Vital statistics of India. Vol. VI, European troops 1870-79
Year: 1870
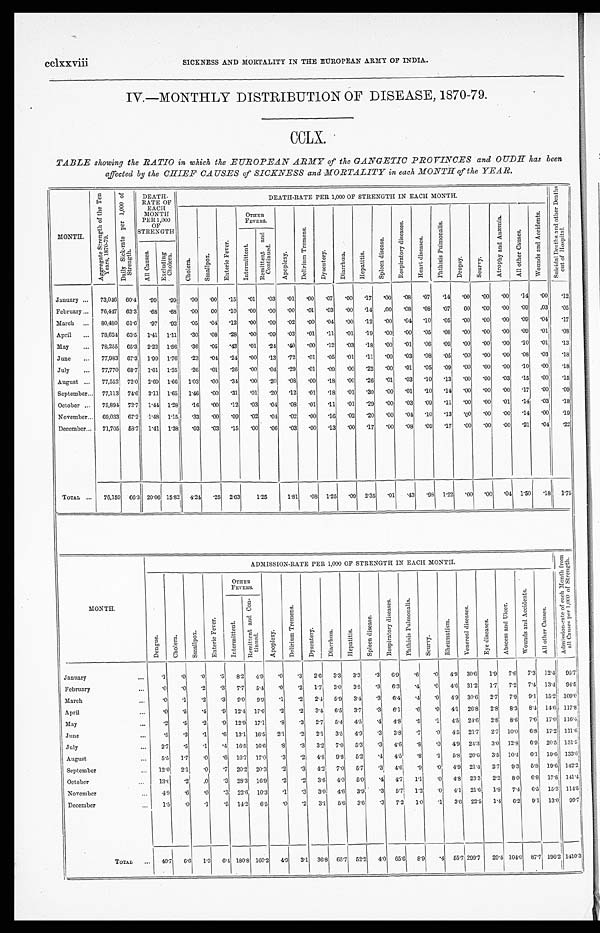
cclxxviii
SICKNESS AND MORTALITY IN THE EUROPEAN ARMY OF INDIA.
IV.—MONTHLY DISTRIBUTION OF DISEASE, 1870-79.
CCLX.
TABLE showing the RATIO in which the EUROPEAN ARMY of the GANGETIC PROVINCES and OUDH
- has been
affected by the CHIEF CAUSES of SICKNESS and MORTALITY in each MONTH of the YEAR.
MONTH.
A g g r e g a t e S t r e n g t h o f t h e t e n Y e a r s , 1 8 7 0 - 7 9 .
D a i l y S i c k - r a t e p e r 1 , 0 0 0 O F S t r e n g t h .
DEATH-
RATE OF
EACH
MONTH
PER 1,000 O F
STRENGTH
DEATH-RATE PER 1,000 OF STRENGTH IN EACH MONTH.
S u i c i d a l D e a t h s a n d o t h e r D e a t h s o u t o f H o s p i t a l .
C h o l e r a .
S m a l l p o x .
E n t e r i c F e v e r .
O T H E R F E V E R S .
A p o p l e x y .
D e l i r i u m t r e m e n s .
D y s e n t e r y .
D i a r r h œ a .
H e p a t i t i s .
S p l e e n d i s e a s e .
R e s p i r a t o r y d i s e a s e s
H e a r t d i s e a s .
P h t h i s i s P u l m o n a l i s .
D r o p s y . S c u r v y .
A t r o p h y a n d A n æ m i a .
A l l o t h e r C a u s e s .
W o u n d s a n d A c c i d e n t s .
I n t e r m i t t e n t .
R e m i t t e n t a n d C o n t i n u e d .
A l l C a u s e s
E x c l u d i n g C h o l e r a .
January
...
73,046 60.4 .99
.99
.00
.00
.15
.01
.03
.01
.00
.07
.00
.17
.00
.08
.07
.14
.00
.00
.00
.14
.00
.12
February ... 76,447 63.3 .68
.68
.00
00
.10
.00
.00
.00
.01
. 0 3
. 0 0 .14
.00
.08
'08
.07
.00
.00
.00
.09
.03
.05
March
... 80,480 61.6
.97
. 9 2
.05
. 0 4 .12
.00
.09
.02
.'00
. 0 4
. 0 0 .12
.00
.04
'10
.05
.00
.00
.00
.09
.04
.17
April
... 78,624 63.5 1.41 1.11
.30
.'08
.28
.00
.09
.03
.01
.11
. 9 5 .19
.00
.00
'05
.08
.00
.00
. 0 0
. 0 9
. 0 1
. 0 8
May
... 78,255 65.3
2.22 1.86
.36
.05
.43
.01
.24
.40
.00
.12
.03
.18
.00
.'01
'06
. 0 9 .00
.00' .00
.10
.01
.13
June
... 77,983 67.3 1.99 1.76
.23
. 0 4 .24
.00
.13
. 7 2 .01
. 0 5 .01
.11 .00
.03
'08
. 0 5 .00
.00
.00
.08
. 0 3 .18
July
... 77,770 68.7 1.61 1.35
.26
.01
.26
.00
.04
.29
.01
.09
. 0 0 .22
.00' .01
'05
.09
.00
.00
.00
.10
.00'
.18
August
... 77,552 72.0 2.69 1.66
1.03
.00
.34
.00
.20
.0
.00
.18
.00
.26
.01
.03
'10
.13
. 0 0 .00
. 0 3 .15
.00
.15
September ... 77,113 74.6 3.1
1.65
1.46
. 0 0 .31
.01
.20
.12
.01
.18
.01
.30
.00
. 0 1 '10
.14. .00
. 0 0
. 0 0 .17
.00
.09
October
... 75,89
72.7
1.44 1.28
.16
. 0 0 .12
.03
.04
.08
.01
. 1 1 .01
.29
.00
.03
'00
.11
.00
.00
.01
.14
.03
.18
November ... 69,033 67.'2 1.48
1 . 1 5 .33
.00
.09
.02
. 0 4
. 0
9 .00
.16
.'02
.20
.00
.04
'10
.13
.00
.00
.00
.14
. 0 0 .19
December ...
71,705 58.7
1.41 1.38
.03
.03
.15
.00
.06
. 0 3 .00
.13
.00
.17
.00
.08
'09
.17
.00
.00
.00
.21
.04
.22
Total
... 76,159 66.3 20.06 15.82 4.24
.25 2.63
1.25
1.81
.08 1.25
.09 2.35 .01
.43
.98 1.22 .00
.00
.04 1.50
.18
1 . 7 5
MONTH.
ADMISSION-RATE PER 1,000 OF STRENGTH IN EACH MONTH.
A d m i t i o n - r a t e o f e a c h M o n t h f r o m a l l C a u s e s p e r 1 , 0 0 0 o f S t r e n g t h .
D e n g u e .
C h o l e r a .
S m a l l p o x .
E n t e r i c F e v e r .
OTHER
FEVERS.
A p o p l e x y .
D e l i r i u m T r e m e n s .
D y s e n t e r y .
D i a r r h œ a .
H e p a t i t i s .
S p l e e n d i s e a s e .
R e s p i t a t o r y d i s e a s e s .
P h t h i s i s P u l m o n a l i s .
S c u r v y
R h e u m a t i s m .
V e n e r e a l d i s e a s e s .
E y e d i s e a s e s .
A b s c e s s a n d U l c e r .
W o u n d s a n d A c c i d e n t s .
A l l o t h e r C a u s e s .
I n t e r mi t t e n t .
R e m i t t e n t a n d C o n -
t i nued.
January
...
.1
.0
.0
. 5
8.2
4.9
.0
.3 2.6 3.3 3.3 .3 6.9
. 6
.0
4.9 30.6
1.9
7.6
7.3
1 2 . 4
95.7
February
...
.0
.0
.2
.3
7.7
5.4
.0
.2
1.7
3.0
3.5
.3
6.3
.4
.0
4.6 31.2
1.7
7.2
7.4 13.4
94.5
March
...
.0
.1
.2
.3
9.0
9.9
.1
.2
2.4 5.9
3.4
.3
6.4
.4
.0
4.9 30.6
2.7
7.9
9.1 15.2 .109.0
April
...
.0
.5
.4
.9 12.4 17.6
.2
.2
3.4
6.5
3.7
.3
6.1
.6
.0
4.1 26.8
2.8
8.3
8.4 14.6 117.8
May
...
.2
.5
. 2
.9 12.9 17.1
.8
.3
2.7
5.4
4.5
.4
4.8
.5
.1
4.5 24.6
2.'8
8.6
7.6 17.0 116.4
June
...
.5
.3
.1
.6 13.1 16.5
2. 1
.2
2.1
3.5
4.9
.3
3.8
.7
.0
4.5 21.7
2.7 10.0
6.8 17.2, 111.6
July
...
2.7
. 5
.1
.4 16.5 16.6
.8
.3
3.2 7.0
5.3
.'3
4.6
.8
.0
4.'9 24.3
3.0 12.8
6.9 20.5 131.5
August
...
5.5
1.7
.0
.6 16.7 17.0
.3
.2
4.8 9.8
5.2
.4
4.5
.'8
.1
5.8 20.6
3.5 10.4
6.1 19.6 133.6
September
...
12.0
2.1
.0
.7 20.2 20.3
.2
.3
4.2 7.0
5.7
.3
4.6
.9
.0
4.9 21.4
2.7
9.3
5.8 19.6 142.2
October
. . . 13.6
.2
.0
.3 28.3 16.9
.2
.2
3.6 4.'0
5.0
.4
4.7 1.1
.0
4.8 23.3
2.2
8.0
6.8 17.8 141.4
November
. . .
4 . 9
.6
.0
.3 22.6 10.3
.1
.3
3.0
4.6
3.9
.3
5.7,
1.2
.0
4.1 21.6
1 . 8 7.4
6.5 15.3 114.5
December
. . . 1.5
.0
.1
. 5 14.2
6.5
.0
.2
3.1
5.6
3.6
.3
7.2
1 . 0
.1
3.6 22.5
1.4
6.2
9.1 13.0 99.7
Tot al
...
40.7
6.6
1.3
6.4 180.8 160.2
4.9
3. 1
36.8 65.7 52.2
4.0 65.6
8.9
.4 55.7 299.7
29.4 104.0 87.7 196.2 1410.3